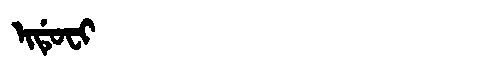
Manchu: ᡳᡩᡠᠸᡳ
Romanization: IDUFI